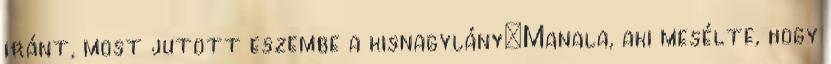
iránt, most jutott eszembe a kisnagylány:Manala, aki mesélte, hogy